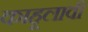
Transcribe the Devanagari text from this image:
काहूलावी